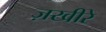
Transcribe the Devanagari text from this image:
ज़खीरे